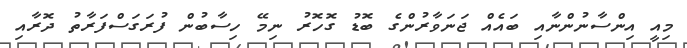
މިއީ އިންސާނުންނާއި ބައެއް ޖަނަވާރުންގެ ބޮޑު ގޮހޮރު ނިމޭ ހިސާބުން ފުރަގަސްފަރާތު ދޮރާއި